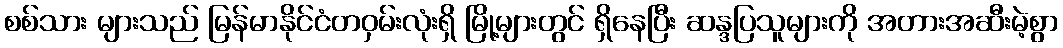
စစ်သား များသည် မြန်မာနိုင်ငံတဝှမ်းလုံးရှိ မြို့များတွင် ရှိနေပြီး ဆန္ဒပြသူများကို အတားအဆီးမဲ့စွာ